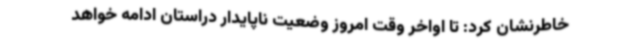
خاطرنشان کرد: تا اواخر وقت امروز وضعیت ناپایدار دراستان ادامه خواهد